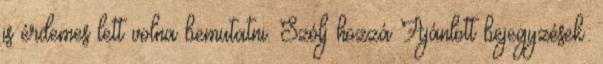
is érdemes lett volna bemutatni. Szólj hozzá Ajánlott bejegyzések: